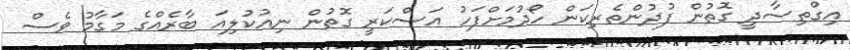
އިގްތިސާދީ ގޮތުން ފުދުންތެރިކަން ހޯދުމަށްފަހު އަސްކަރީ ގޮތުން ނިއުކުލިއަ ބާރެއްގެ މަގާމު ވެސް